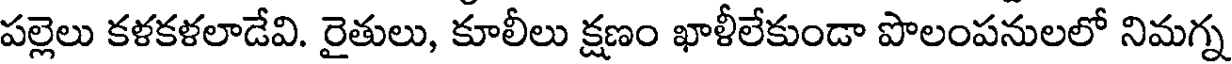
పల్లెలు కళకళలాడేవి. రైతులు, కూలీలు క్షణం ఖాళీలేకుండా పొలంపనులలో నిమగ్న